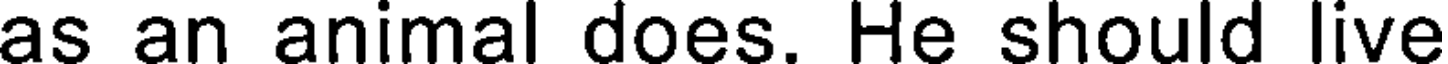
as an animal does. He should live